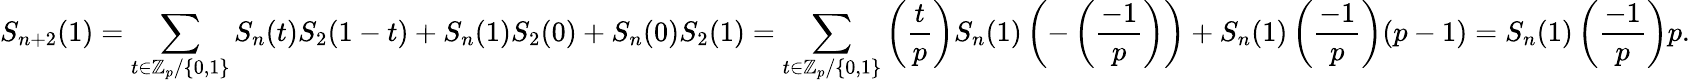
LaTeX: S_{n+2}(1)=\sum_{t\in\mathbb{Z}_{p}/\{ 0,1\} }S_{n}(t)S_{2}(1-t)+S_{n}(1)S_{2}(0)+S_{n}(0)S_{2}(1)=\sum_{t\in\mathbb{Z}_{p}/\{ 0,1\} }\left({\frac{t}{p}}\right)S_{n}(1)\left(-\left({\frac{-1}{p}}\right)\right)+S_{n}(1)\left({\frac{-1}{p}}\right)(p-1)=S_{n}(1)\left({\frac{-1}{p}}\right)p.